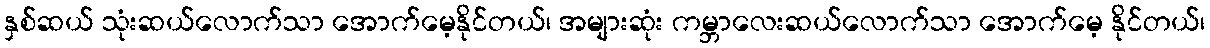
နှစ်ဆယ် သုံးဆယ်လောက်သာ အောက်မေ့နိုင်တယ်၊ အများဆုံး ကမ္ဘာလေးဆယ်လောက်သာ အောက်မေ့ နိုင်တယ်၊